Civil Veterinary Department. Madras. Admin. report 1926-33 - 1926-1933
Year: 1926
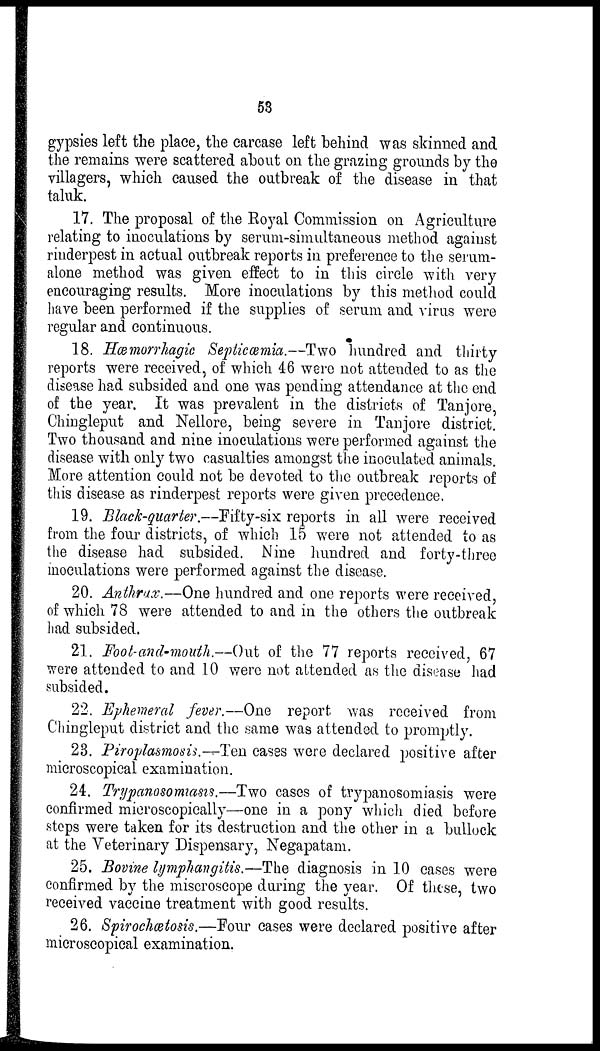
53
gypsies left the place, the carcase left behind was skinned and
the remains were scattered about on the grazing grounds by the
villagers, which caused the outbreak of the disease in that
taluk.
17. The proposal of the Royal Commission on Agriculture
relating to inoculations by serum-simultaneous method agaiust
rinderpest in actual outbreak reports in preference to the serum-
alone method was given effect to in this circle with very
encouraging results. More inoculations by this method could
have been performed if the supplies of serum and virus were
regular and continuous.
18. Hæmorrhagic Septicæmia.—Two hundred and thirty
reports were received, of which 16 were not attended to as the
disease had subsided and one was pending attendance at the end
of the year. It was prevalent in the districts of Tanjore,
Chingleput and Nellore, being severe in Tanjore district.
Two thousand and nine inoculations were performed against the
disease with only two casualties amongst the inoculated animals.
More attention could not be devoted to the outbreak reports of
this disease as rinderpest reports were given precedence.
19. Black-quarter.—Fifty-six reports in all were received
from the four districts, of which 15 were not attended to as
the disease had subsided. Nine hundred and forty-three
inoculations were performed against the disease.
20. Anthrax.—One hundred and one reports were received,
of which 78 were attended to and in the others the outbreak
had subsided.
21. Foot-and-mouth.—Out of the 77 reports received, 67
were attended to and 10 were not attended as the disease had
subsided.
22. Ephemeral fever.—One report was received from
Chingleput district and the same was attended to promptly.
23. Piroplasmosis.—Ten cases were declared positive after
microscopical examination.
24. Trypanosomiasis.—Two cases of trypanosomiasis were
confirmed microscopically—one in a pony which died before
steps were taken for its destruction and the other in a bullock
at the Veterinary Dispensary, Negapatam.
25. Bovine lymphangitis.—The diagnosis in 10 cases were
confirmed by the miscroscope during the year. Of these, two
received vaccine treatment with good results.
26. Spirochætosis.—Four cases were declared positive after
microscopical examination.